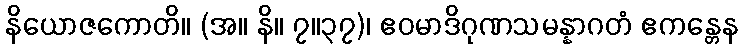
နိယောဇကောတိ။ (အ။ နိ။ ၇။၃၇)၊ ဧဝမာဒိဂုဏသမန္နာဂတံ ဧကန္တေန